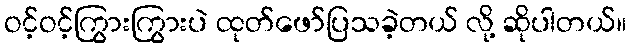
ဝင့်ဝင့်ကြွားကြွားပဲ ထုတ်ဖော်ပြသခဲ့တယ် လို့ ဆိုပါတယ်။